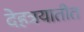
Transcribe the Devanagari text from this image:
देहत्रयातीत